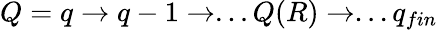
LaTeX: Q=q\to q-1\to...Q(R)\to...q_{fin}